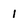
Character: 1